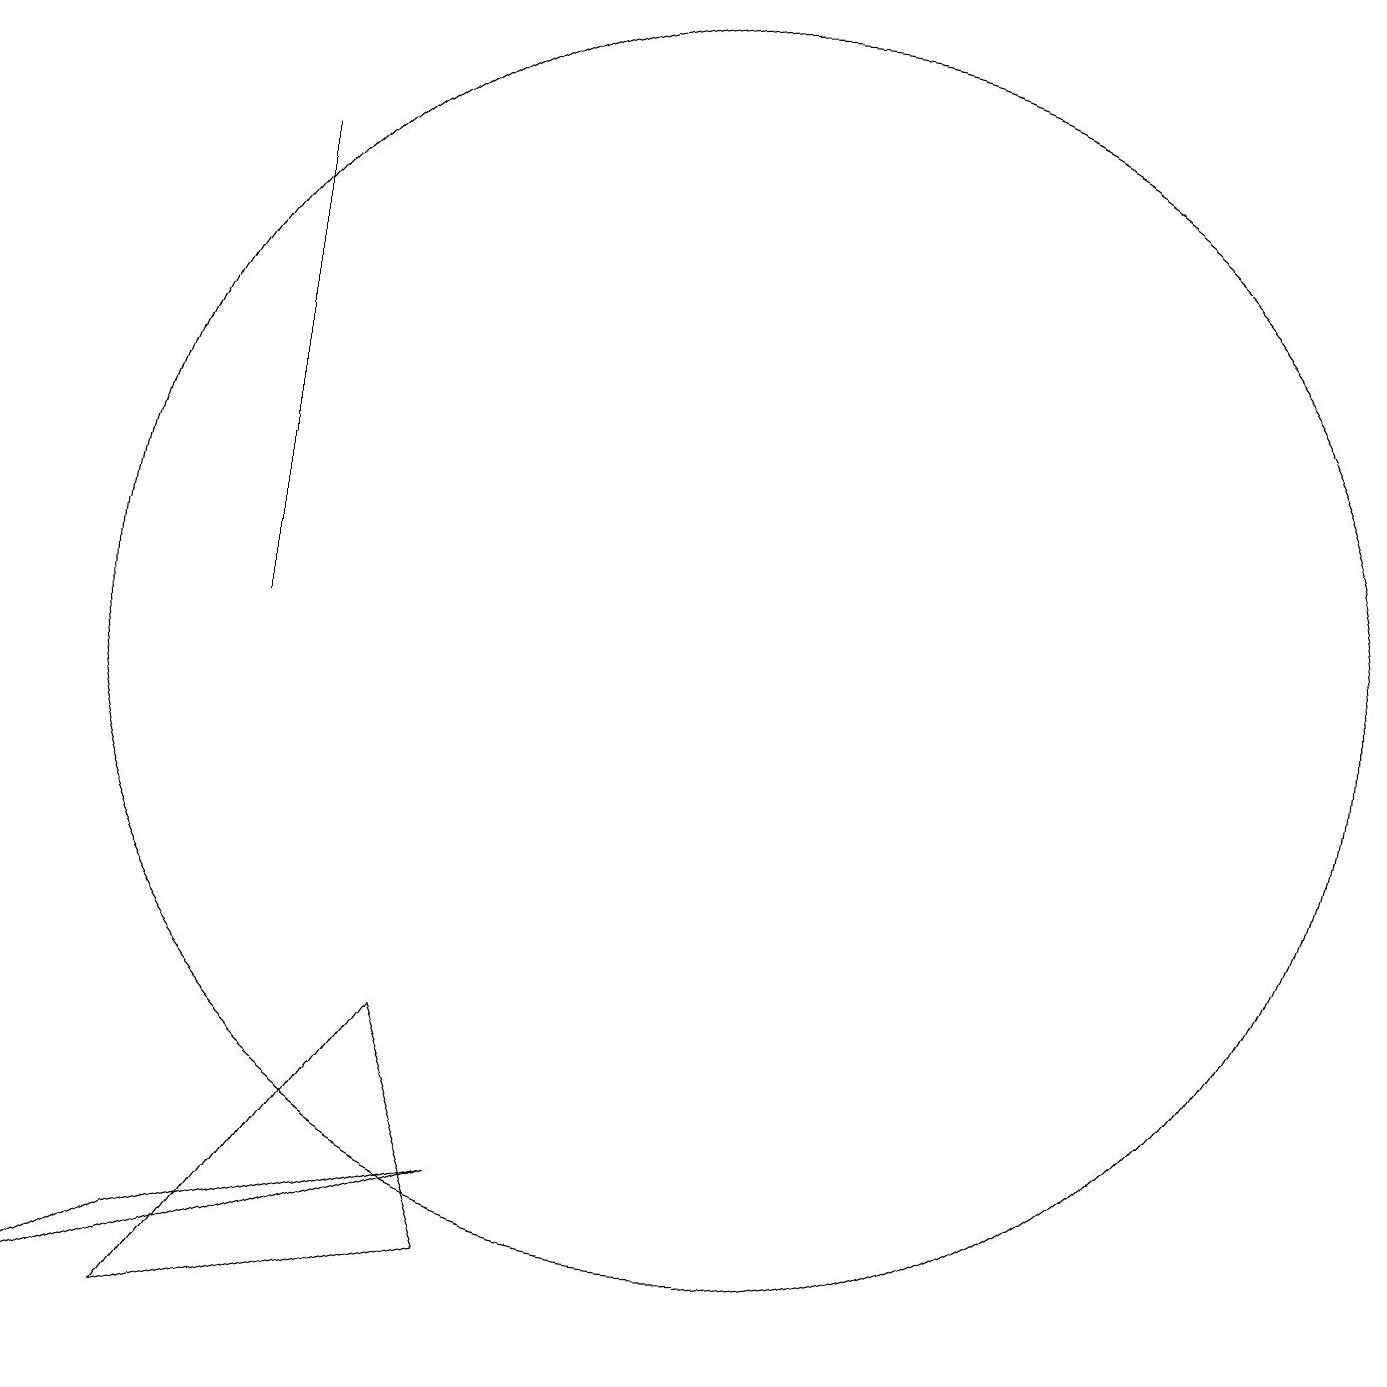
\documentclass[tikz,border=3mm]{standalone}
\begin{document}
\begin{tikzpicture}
\draw (8,3) -- (2,1) -- (4,2) -- cycle;
\draw (5,10) rectangle (5,16);
\draw (7,5) -- (8,2) -- (4,1) -- cycle;
\draw (11,10) circle (8);
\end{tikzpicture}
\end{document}